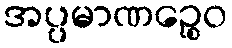
အပ္ပမာဏဉ္စေဝ